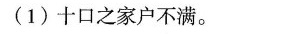
(1)十口之家户不满。